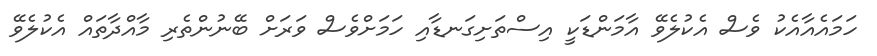
ހަމައެއާއެކު ވެސް އެކުލެވޭ އާމަންޑަކީ އިސްތަށިގަނޑާއި ހަމަށްވެސް ވަރަށް ބޭނުންތެރި މާއްދާތައް އެކުލެވޭ